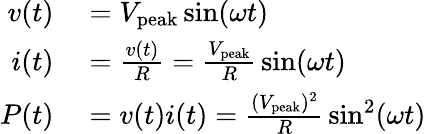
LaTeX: \begin{array}{rl}{v(t)}&{{}=V_{\mathrm{peak}}\sin(\omega t)}\\ {i(t)}&{{}={\frac{v(t)}{R}}={\frac{V_{\mathrm{peak}}}{R}}\sin(\omega t)}\\ {P(t)}&{{}=v(t)i(t)={\frac{(V_{\mathrm{peak}})^{2}}{R}}\sin^{2}(\omega t)}\end{array}